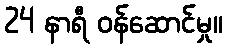
24 နာရီ ဝန်ဆောင်မှု။